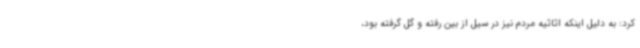
کرد: به دلیل اینکه اثاثیه مردم نیز در سیل از بین رفته و گل گرفته بود،